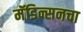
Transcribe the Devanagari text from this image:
मॅडिन्सनचा